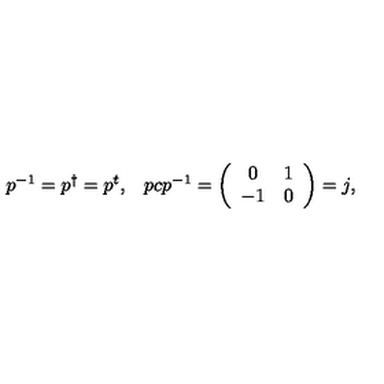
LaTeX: \begin{array} { c c } { p ^ { - 1 } = p ^ { \dagger } = p ^ { t } , } & { p c p ^ { - 1 } = \left( \begin{array} { c c } { 0 } & { 1 } \\ { - 1 } & { 0 } \\ \end{array} \right) = j , } \\ \end{array}